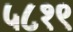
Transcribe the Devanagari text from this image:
५८१९